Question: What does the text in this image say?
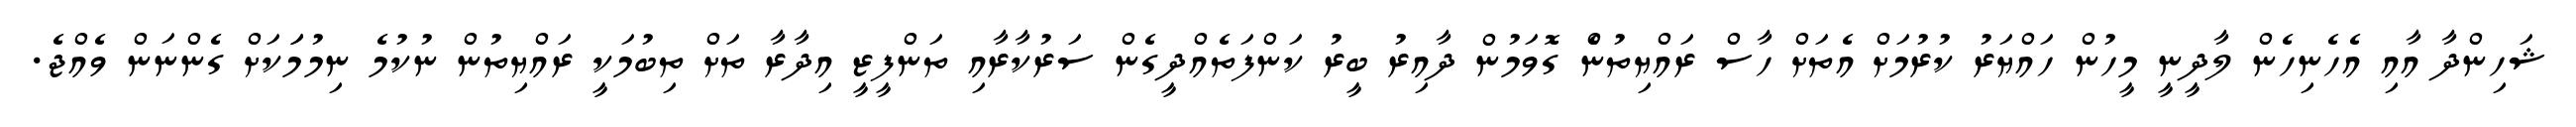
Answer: ޝަހިންދާ އާއި އެހެނިހެން ލާދީނީ މީހުން ހައްޔަރު ކުރުމަށް އެތަށް ހާސް ރައްޔިތުނެް ގޮވަމުން ދާއިރު ބީރު ކަންފަތެއްދީގެން ސަރުކާރާއި ތަންފީޒީ އިދާރާ ތަށް ތިބުމަކީ ރައްޔިތުން ނުކުމެ ނިމުމަަކަށް ގެންނަން ވެއްޖެ.